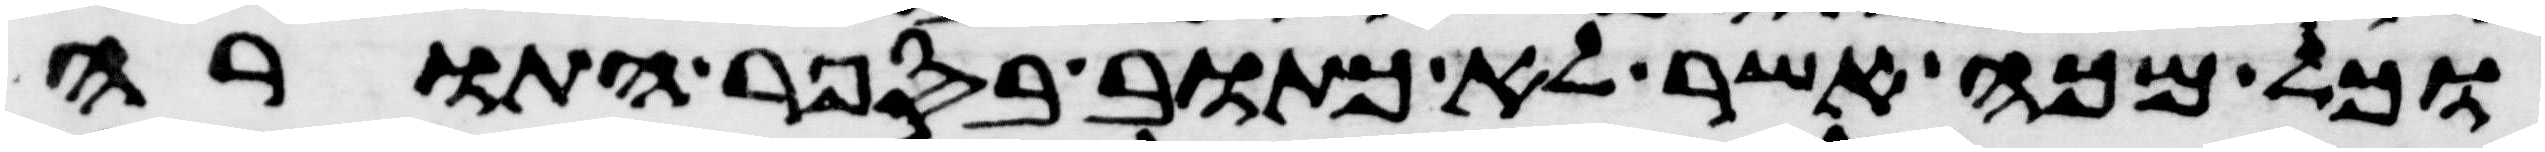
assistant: וכל מכה אשר לא כתוב בספר התורה